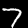
Label: 7